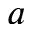
a